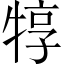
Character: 犉